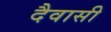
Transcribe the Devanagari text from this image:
दैवासी